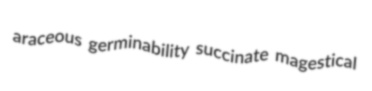
araceous germinability succinate magestical